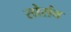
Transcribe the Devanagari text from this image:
सोरांव